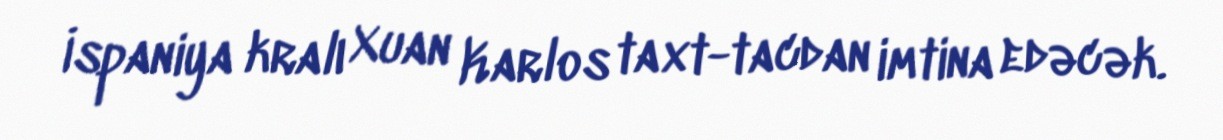
İspaniya kralı Xuan Karlos taxt-tacdan imtina edəcək.